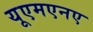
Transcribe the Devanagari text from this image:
यूएमएनए